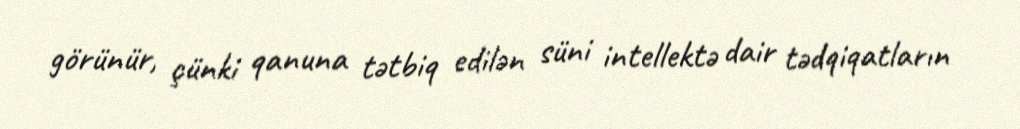
görünür, çünki qanuna tətbiq edilən süni intellektə dair tədqiqatların